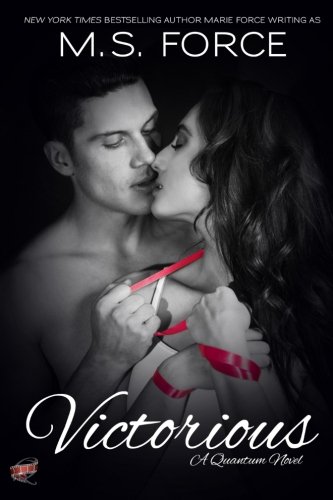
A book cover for Victorious (Quantum Series) (Volume 3); M.S. Force; Romance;